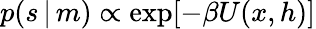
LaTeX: p(s\, |\, m)\propto\exp[-\beta U(x,h)]